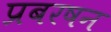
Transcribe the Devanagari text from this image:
प्रबरषन